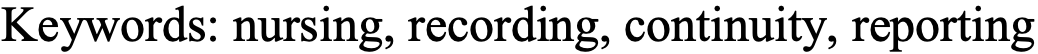
Keywords: nursing, recording, continuity, reporting